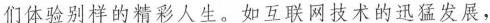
们体验别样的精彩人生。如互联网技术的迅猛发展，